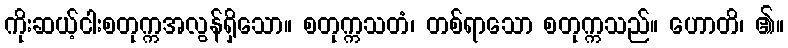
ကိုးဆယ့်ငါးစတုက္ကအလွန်ရှိသော။ စတုက္ကသတံ၊ တစ်ရာသော စတုက္ကသည်။ ဟောတိ၊ ၏။